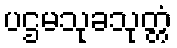
ပဌမသုခသုတ္တံ